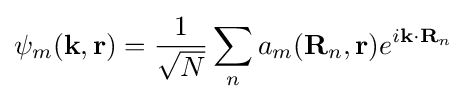
\psi _{m}(\mathbf {k} ,\mathbf {r} )={\frac {1}{\sqrt {N}}}\sum _{n}{a_{m}(\mathbf {R} _{n},\mathbf {r} )}e^{i\mathbf {k} \cdot \mathbf {R} _{n}}\